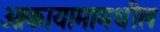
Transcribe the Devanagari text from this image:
ओकायामामधील